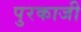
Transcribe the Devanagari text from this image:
पुरकाजी